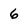
Character: 6